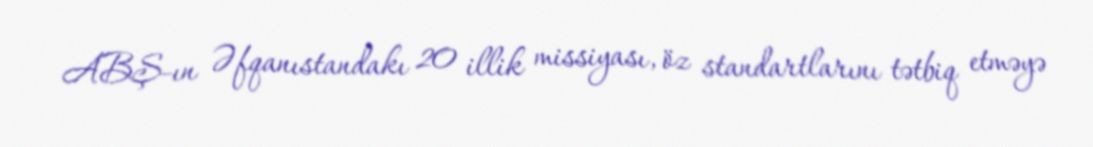
ABŞ-ın Əfqanıstandakı 20 illik missiyası, öz standartlarını tətbiq etməyə